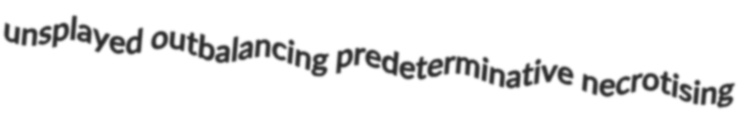
unsplayed outbalancing predeterminative necrotising